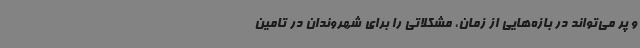
و پر می‌تواند در بازه‌هایی از زمان، مشکلاتی را برای شهروندان در تامین